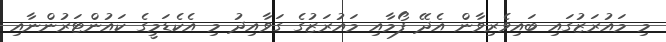
މި މައުރަޒުގައި ބައިވެރިވާން އެދޭ ފޯމާއި މައުރަޒުގެ ގަވާއިދު މި އެކެޑަމީގެ ކައުންޓަރުންނާއި